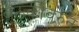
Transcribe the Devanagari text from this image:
बैठकीवरुन